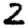
Digit: 2